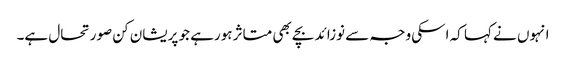
انہوں نے کہا کہ اسکی وجہ سے نوزائد بچے بھی متاثر ہورہے جو پریشان کن صورتحال ہے۔